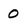
Character: 0